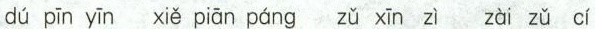
dú pīn yīn xiě piān páng zǔ xīn zì zài zǔ